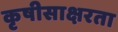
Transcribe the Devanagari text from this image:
कृषीसाक्षरता